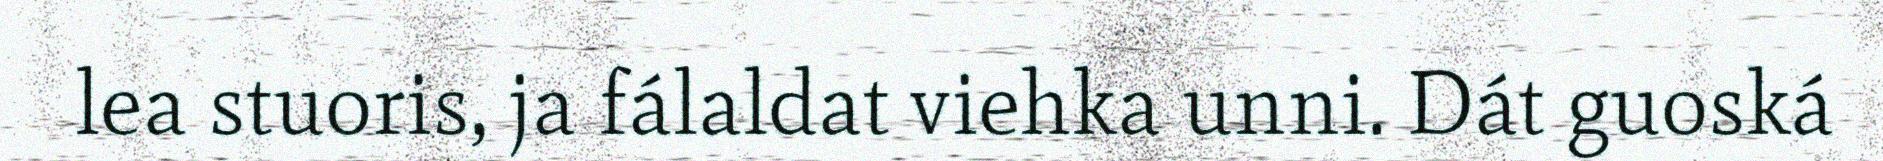
lea stuoris, ja fálaldat viehka unni. Dát guoská